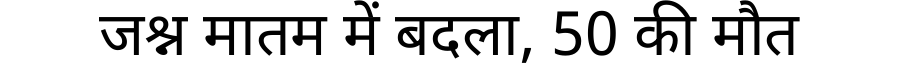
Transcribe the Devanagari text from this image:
जश्न मातम में बदला, 50 की मौत